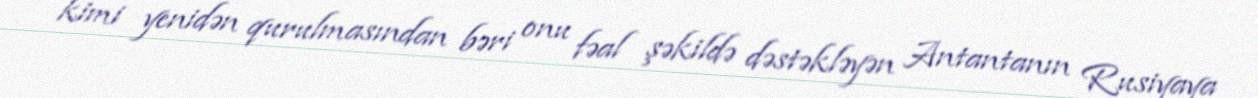
kimi yenidən qurulmasından bəri onu fəal şəkildə dəstəkləyən Antantanın Rusiyaya